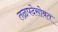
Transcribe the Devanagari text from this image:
तळपदेसोबत